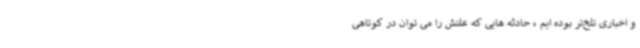
و اخباری تلخ‌تر بوده ایم ، حادثه هایی که علتش را می توان در کوتاهی